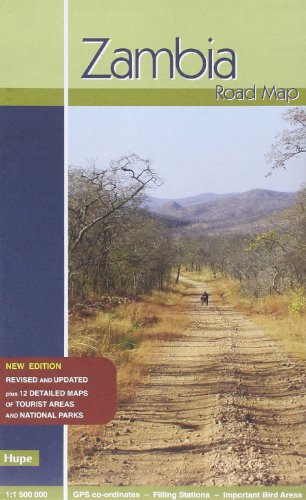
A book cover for Zambia Road Map; Manfred Vachal; Travel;